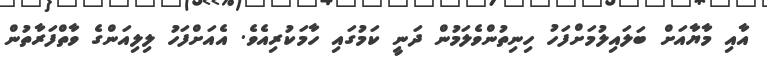
އާއި މާޔާއަށް ބަލައިލުމަށްފަހު ހިނިިތުންވެލަމުން ދަނީ ކަމުގައި ހާމަކުރިއެވެ. އެއަށްފަހު ލިލިއަންގެ ވާތްފަރާތުން